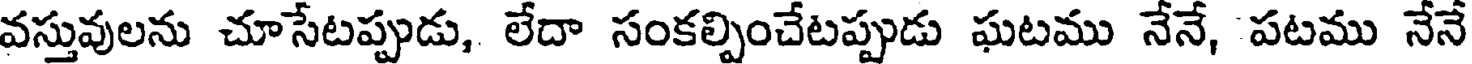
వస్తువులను చూసేటప్పుడు, లేదా సంకల్పించేటప్పుడు ఘటము నేనే, పటము నేనే